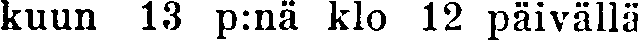
kuun 13 p:nä klo 12 päivällä